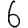
Digit: 6